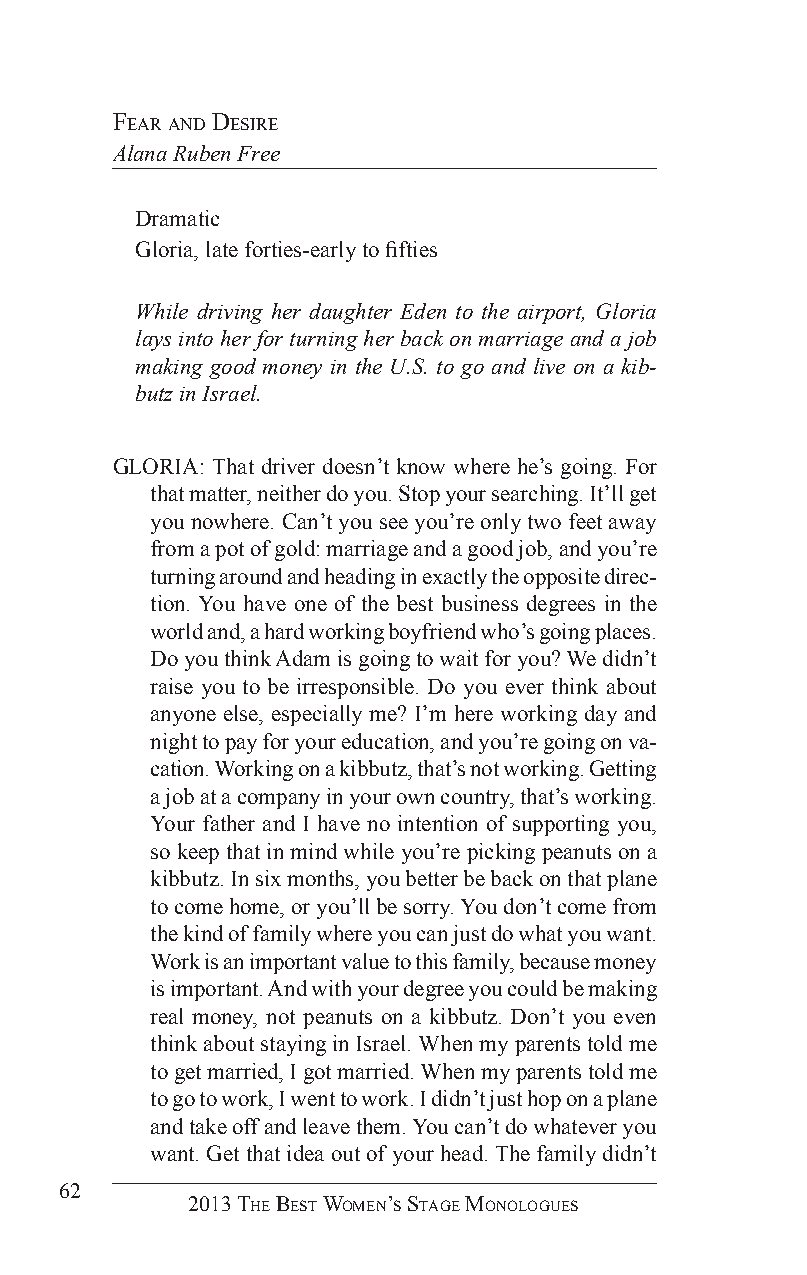
fear and desire
 Alana Ruben Free
 Dramatic
 Gloria, late forties-early to fifties
 While driving her daughter Eden to the airport, Gloria
 lays into her for turning her back on marriage and a job
 making good money in the U.S. to go and live on a kib-
 butz in Israel.
 GLORIA: That driver doesn’t know where he’s going. For
 that matter, neither do you. Stop your searching. It’ll get
 you nowhere. Can’t you see you’re only two feet away
 from a pot of gold: marriage and a good job, and you’re
 turning around and heading in exactly the opposite direc-
 tion. You have one of the best business degrees in the
 world and, a hard working boyfriend who’s going places.
 Do you think Adam is going to wait for you? We didn’t
 raise you to be irresponsible. Do you ever think about
 anyone else, especially me? I’m here working day and
 night to pay for your education, and you’re going on va-
 cation. Working on a kibbutz, that’s not working. Getting
 a job at a company in your own country, that’s working.
 Your father and I have no intention of supporting you,
 so keep that in mind while you’re picking peanuts on a
 kibbutz. In six months, you better be back on that plane
 to come home, or you’ll be sorry. You don’t come from
 the kind of family where you can just do what you want.
 Work is an important value to this family, because money
 is important. And with your degree you could be making
 real money, not peanuts on a kibbutz. Don’t you even
 think about staying in Israel. When my parents told me
 to get married, I got married. When my parents told me
 to go to work, I went to work. I didn’t just hop on a plane
 and take off and leave them. You can’t do whatever you
 want. Get that idea out of your head. The family didn’t
 62
 2013 The BesT Women’s sTage monologues